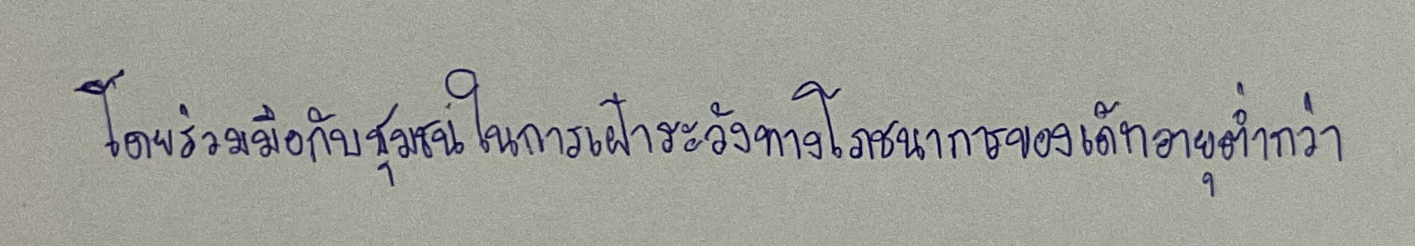
โดยร่วมมือกับชุมชนในการเฝ้าระวังทางโภชนาการของเด็กอายุต่ำกว่า